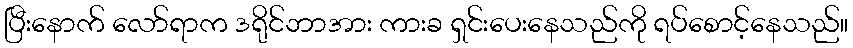
ပြီးနောက် လော်ရာက ဒရိုင်ဘာအား ကားခ ရှင်းပေးနေသည်ကို ရပ်စောင့်နေသည်။